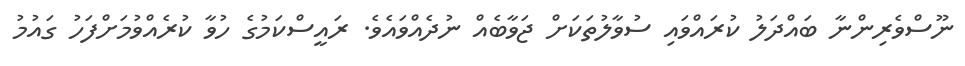
ނޫސްވެރިންނާ ބައްދަލު ކުރައްވައި ސުވާލުތަކަށް ޖަވާބެއް ނުދެއްވައެވެ. ރައީސްކަމުގެ ހުވާ ކުރެއްވުމަށްފަހު ގައުމު